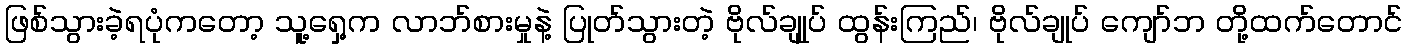
ဖြစ်သွားခဲ့ရပုံကတော့ သူ့ရှေ့က လာဘ်စားမှုနဲ့ ပြုတ်သွားတဲ့ ဗိုလ်ချုုပ် ထွန်းကြည်၊ ဗိုလ်ချုပ် ကျော်ဘ တို့ထက်တောင်